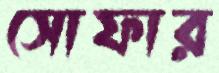
সোফার